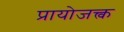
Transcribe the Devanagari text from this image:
प्रायोजक्त्व